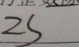
2 s